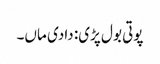
پوتی بول پڑی: دادی ماں۔